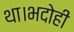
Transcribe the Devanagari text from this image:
था।भदोही